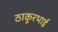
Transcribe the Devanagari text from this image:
ठाकूरभाई